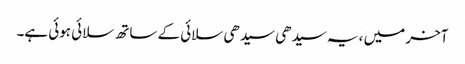
آخر میں ، یہ سیدھی سیدھی سلائی کے ساتھ سلائی ہوئی ہے۔